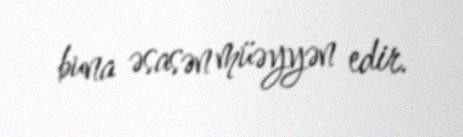
buna əsasən müəyyən edir.